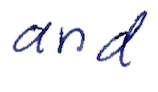
Text: and
Cross-out: clean
Writing tool: ballpoint